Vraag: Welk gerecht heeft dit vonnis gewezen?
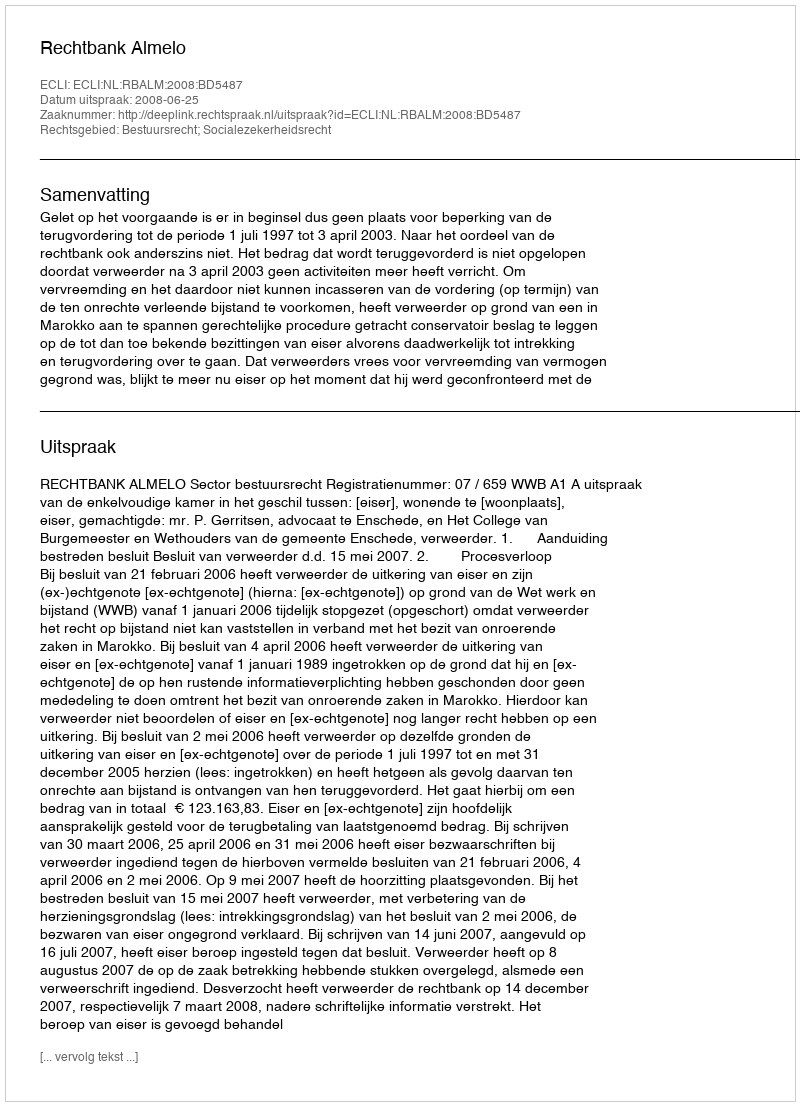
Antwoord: Rechtbank Almelo